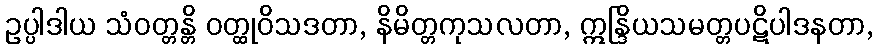
ဥပ္ပါဒါယ သံဝတ္တန္တိ ဝတ္ထုဝိသဒတာ, နိမိတ္တကုသလတာ, ဣန္ဒြိယသမတ္တပဋိပါဒနတာ,